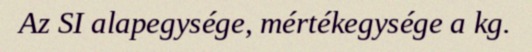
Az SI alapegysége, mértékegysége a kg.